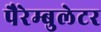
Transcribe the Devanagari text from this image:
पैरेम्बुलेटर